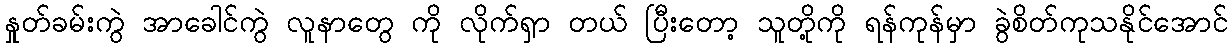
နှုတ်ခမ်းကွဲ အာခေါင်ကွဲ လူနာတွေ ကို လိုက်ရှာ တယ် ပြီးတော့ သူတို့ကို ရန်ကုန်မှာ ခွဲစိတ်ကုသနိုင်အောင်